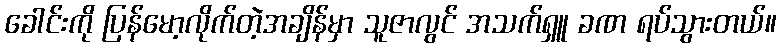
ခေါင်းကို ပြန်မော့လိုက်တဲ့အချိန်မှာ သူဇာလွင် အသက်ရှူ ခဏ ရပ်သွားတယ်။